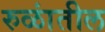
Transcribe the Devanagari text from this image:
रुळांतील